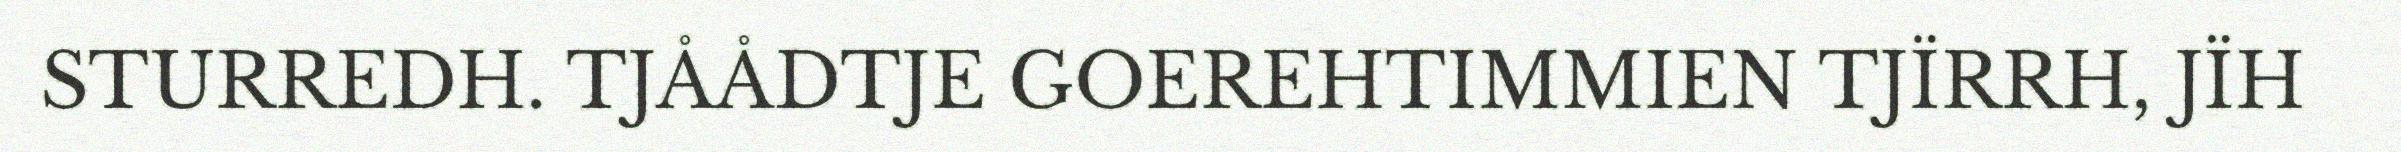
STURREDH. TJÅÅDTJE GOEREHTIMMIEN TJÏRRH, JÏH